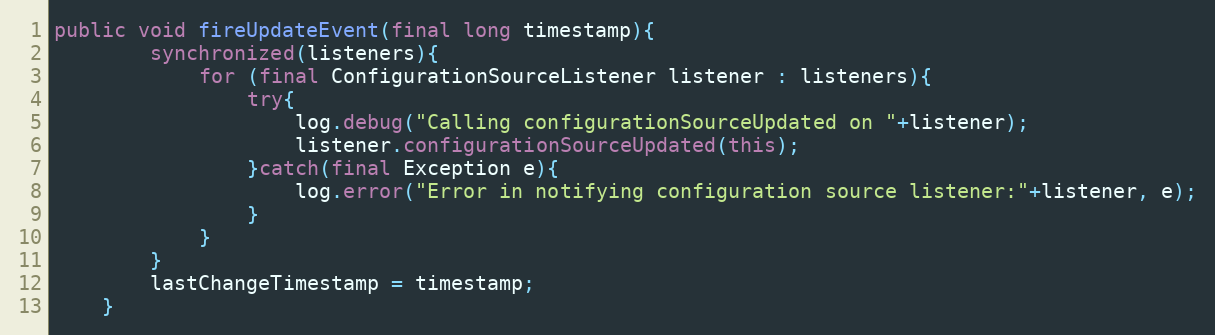
Language: Java
public void fireUpdateEvent(final long timestamp){
		synchronized(listeners){
			for (final ConfigurationSourceListener listener : listeners){
				try{
					log.debug("Calling configurationSourceUpdated on "+listener);
					listener.configurationSourceUpdated(this);
				}catch(final Exception e){
					log.error("Error in notifying configuration source listener:"+listener, e);
				}
			}
		}
		lastChangeTimestamp = timestamp;
	}